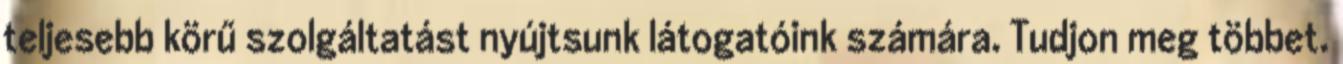
teljesebb körű szolgáltatást nyújtsunk látogatóink számára. Tudjon meg többet.